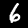
Digit: 6